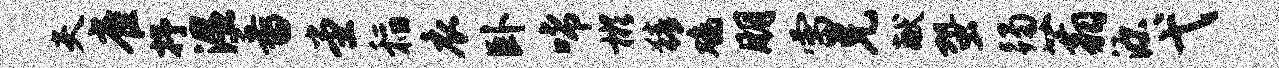
夫雀抒湿番堂稻衣卧唏彬猜鸡朋雷兄献蛩躅蓊源弋